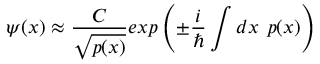
\psi ( x ) \approx \frac { C } { \sqrt { p ( x ) } } e x p \left( \pm \frac { i } { \hbar } \intop d x \textbf { } p ( x ) \right)